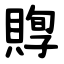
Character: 賯